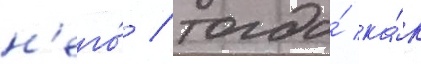
н'его́ / тогда́ ка́к